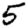
Digit: 5